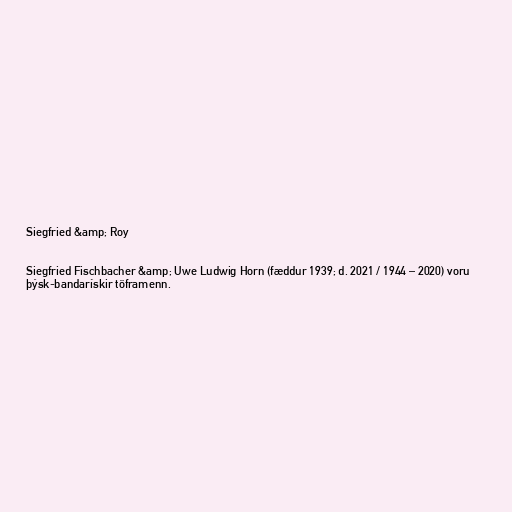
Siegfried &amp; Roy

Siegfried Fischbacher &amp; Uwe Ludwig Horn (fæddur 1939; d. 2021 / 1944 – 2020) voru
þýsk-bandarískir töframenn.